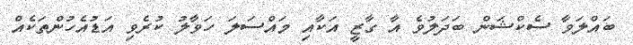
ބައްލަވާ ސެކްޝަން ބަދަލުވެ އާ ގާޒީ އަކާއި މައްސަލަ ހަވާލު ކުރެވި އަޑުއެހުންތަކެއް